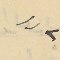
٢"